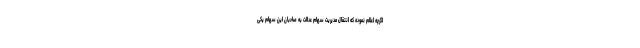
اگرچه اعلام نموده که انتقال مدیریت سهام عدالت به صاحبان این سهام یکی